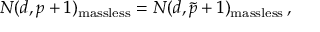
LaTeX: N ( d , p + 1 ) _ { \mathrm { m a s s l e s s } } = N ( d , \tilde { p } + 1 ) _ { \mathrm { m a s s l e s s } } \, ,